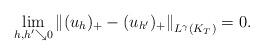
LaTeX: \begin{align*}\lim\limits_{h,h'\searrow 0}\left\|(u_h)_+-(u_{h'})_+\right\|_{L^\gamma(K_T)}=0.\end{align*}